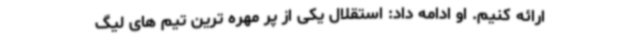
ارائه کنیم. او ادامه داد: استقلال یکی از پر مهره ترین تیم های لیگ